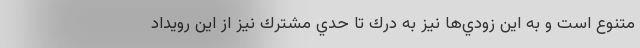
متنوع است و به اين زودي‌ها نيز به درك تا حدي مشترك نيز از اين رويداد